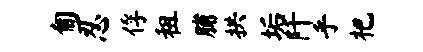
匍忍俘租脯拱垢阡乎杷